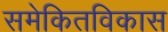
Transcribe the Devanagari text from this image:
समेकितविकास